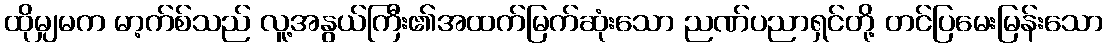
ထိုမျှမက မာ့က်စ်သည် လူ့အနွယ်ကြီး၏အထက်မြက်ဆုံးသော ညဏ်ပညာရှင်တို့ တင်ပြမေးမြန်းသော